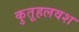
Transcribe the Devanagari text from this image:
कुतूहलवश